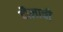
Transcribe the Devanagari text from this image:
दौलाची